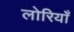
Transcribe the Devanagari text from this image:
लोरियाँ